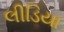
લીડિયા